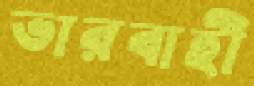
ভারবাহী